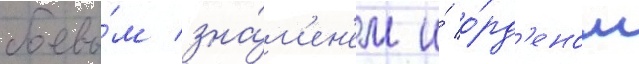
боевы́м зна́м'ен'ем и́ о́рд'еном